system: You are a helpful assistant.
user:
Analyze the provided spectrum to determine if it is a **White Dwarf (WD)**.

A White Dwarf spectrum is defined by its **extreme purity** (due to gravitational settling) and/or **extreme pressure broadening** (due to high surface gravity). You must check for one of the following mutually exclusive signatures:

- **Key Visual Indicators (Check for ONE of these types):**

    - **1. DA-Type Signature (Most Common):**
        - **(Primary Feature):** Extreme pressure broadening (Stark broadening) of the **Hydrogen (H) Balmer lines**.
        - **(Key Lines):** $H\beta$ (approx. $4861$ Å) and $H\gamma$ (approx. $4340$ Å). $H\alpha$ (approx. $6563$ Å) will also be present if the wavelength range covers it.
        - **(Line Profile):** This is the **defining feature**. The lines are **NOT** sharp. They appear as massive, **extremely broad and deep "troughs" or "dips"** in the spectrum, often hundreds of Ångströms wide. The continuum will appear to "scoop" down at these wavelengths.
        - **(Distinction):** Normal A-type or B-type stars have *narrow* and *sharp* Hydrogen lines. A DA White Dwarf's lines are unmistakably "smeared" or "blurry" from pressure.

    - **2. DB-Type Signature:**
        - **(Primary Feature):** Broad absorption lines from **Neutral Helium (He I)**. The spectrum must lack any visible Hydrogen lines.
        - **(Key Lines):** Look for broad absorption near $4471$ Å, $4921$ Å, and $5876$ Å.
        - **(Line Profile):** These lines are also significantly pressure-broadened, appearing much wider than they would in a normal B-type main-sequence star.

    - **3. DC-Type Signature:**
        - **(Primary Feature):** A **featureless continuous spectrum**.
        - **(Line Profile):** The spectrum is a smooth curve with **no significant absorption or emission lines**.
        - **(Key Confirmation):** The continuum is almost always **blue or white**, indicating a hot object. This signature implies the atmosphere is so pure (or so cool) that no spectral lines are visible in the optical range. Its WD identity is confirmed by its extremely low intrinsic brightness (high absolute magnitude).

    - **4. DZ-Type Signature (Metal-Polluted):**
        - **(Primary Feature):** **Isolated, narrow metal absorption lines** on an otherwise featureless (DC-like) continuum.
        - **(Key Lines):** The **Calcium (Ca II) H & K doublet** (approx. **$3934$ Å** and **$3968$ Å**) is the most common and defining feature.
        - **(Line Profile):** These lines are "out of place." They are *not* part of a "forest" of thousands of lines. This signature is evidence of recent *accretion* (pollution) from rocky debris.
        - **(Distinction):** Normal G/K/M stars have a *dense forest* of thousands of metal lines. A DZ has a *clean* continuum with *only a few* strong metal lines.

    - **5. DQ-Type Signature (Carbon-Polluted):**
        - **(Primary Feature):** Absorption bands from **Carbon (C₂ "Swan Bands" or atomic C I)**.
        - **(Key Lines - C₂):** Look for bandheads with a "saw-tooth" shape near $5635$ Å, **$5165$ Å** (strongest), and $4737$ Å.
        - **(Key Confirmation):** The underlying **continuum must be blue or white** (hot).
        - **(Distinction):** This is the critical difference from a **Carbon Star**, which has the *exact same* C₂ bands but on an extremely **red, cool** continuum.

- **(Overall Spectrum):**
    - The continuum (overall shape) is typically **blue-sloping** (brighter in the blue than the red), as most white dwarfs are very hot.
    - The spectrum will look "pure" or "simple," dominated by only *one* of the five signatures listed above.

Think first, call **spectral_visualization_tool** if needed to examine features in detail, then provide your final answer. Your response must adhere to the following strict rules:
1.  **Overall Structure:** Your response must follow the format `<think>...</think> <tool_call>...</tool_call> (if a tool is used) <answer>...</answer>`.
2.  **Tool Usage Constraint:** You may only make **one** tool call per turn.
3.  **Final Answer Format:** In the `<answer>` tag, your conclusion must be inside a `\boxed{}` command (e.g., `\boxed{YES}` or `\boxed{NO}`), followed by your justification.

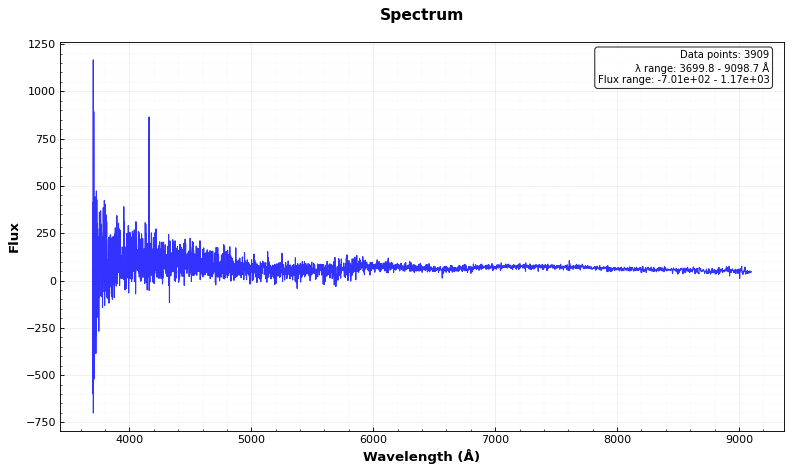
Answer: NO